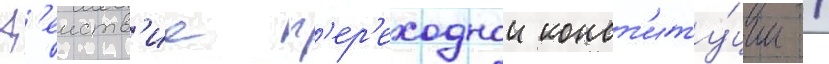
Д'еиств'ие п'ер'еходнои конст'иту́ции /